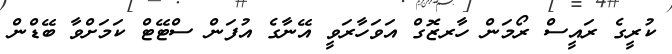
ކުރީގެ ރައީސް ރޯމަން ހާރޒޮގް އަވަހާރަވީ އޭނާގެ އުފަން ސްޓޭޓް ކަމަށްވާ ބޭޑްން